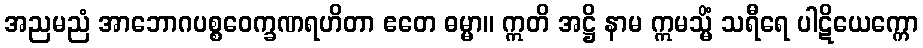
အညမညံ အာဘောဂပစ္စဝေက္ခဏရဟိတာ ဧတေ ဓမ္မာ။ ဣတိ အဋ္ဌိ နာမ ဣမသ္မိံ သရီရေ ပါဋိယေက္ကော